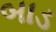
બાડ